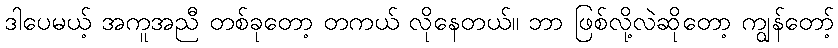
ဒါပေမယ့် အကူအညီ တစ်ခုတော့ တကယ် လိုနေတယ်။ ဘာ ဖြစ်လို့လဲဆိုတော့ ကျွန်တော့်